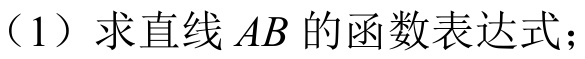
（1）求直线\(AB\)的函数表达式；